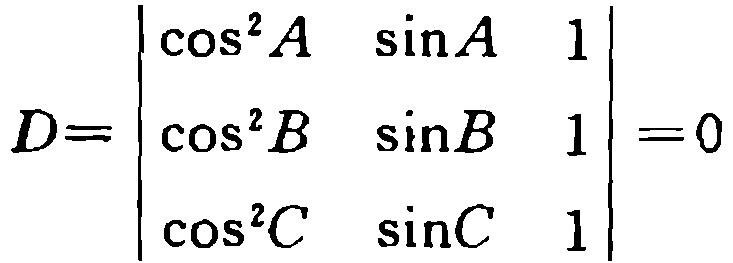
\[D=\begin{vmatrix}

\cos^{2}A & \sin A & 1 \\

\cos^{2}B & \sin B & 1 \\

\cos^{2}C & \sin C & 1

\end{vmatrix}=0\]